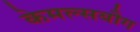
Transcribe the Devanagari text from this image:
केमल्सबौग